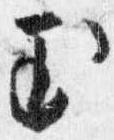
玉